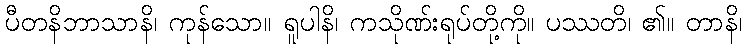
ပီတနိဘာသာနိ၊ ကုန်သော။ ရူပါနိ၊ ကသိုဏ်းရုပ်တို့ကို။ ပဿတိ၊ ၏။ တာနိ၊